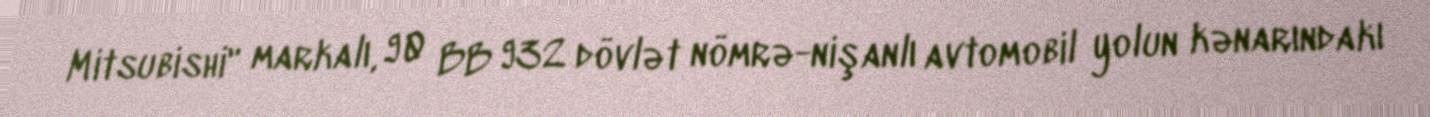
Mitsubishi" markalı, 90 BB 932 dövlət nömrə-nişanlı avtomobil yolun kənarındakı